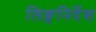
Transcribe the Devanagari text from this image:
लिङ्गनिर्देश